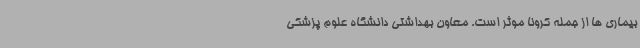
بیماری ها از جمله کرونا موثر است. معاون بهداشتی دانشگاه علوم پزشکی